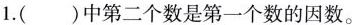
1.( )中第二个数是第一个数的因数。